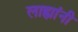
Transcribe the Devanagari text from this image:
लाह्यांनी